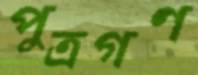
পুত্রগণ